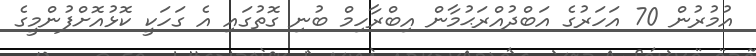
އުމުރުން 70 އަހަރުގެ އަބްދުއްރަޙުމާން އިބްރާހިމް ބުނި ގޮތުގައި އެ ގަހަކީ ކޮޅުއޮށްފުންމީގެ